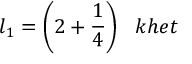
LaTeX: l _ { 1 } = { \bigg ( } 2 + { \frac { 1 } { 4 } } { \bigg ) } \; \; \; k h e t